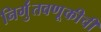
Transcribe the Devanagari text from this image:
निर्गुंतवणूकीची